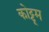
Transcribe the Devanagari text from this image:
कोट्टूम